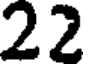
22